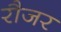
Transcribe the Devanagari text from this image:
रौजर